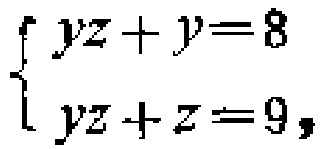
$\begin{cases}yz + y = 8\\yz + z = 9,\end{cases}$